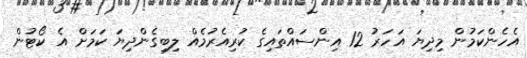
އެހެންކަމުން މިދިޔަ އަހަރު 12 އިންސައްތައިގެ ކުރިއެރުމެއް ލިބިގެންދިޔަ ކަމަށް އެ ކޯޓުން